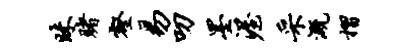
昧赌壑易叨墨渥采溉摺